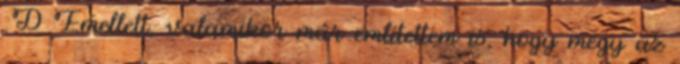
:D Emellett, valamikor már említettem is, hogy megy az